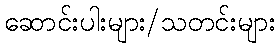
ဆောင်းပါးများ/သတင်းများ